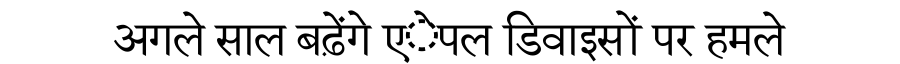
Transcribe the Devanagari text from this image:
अगले साल बढ़ेंगे एेपल डिवाइसों पर हमले